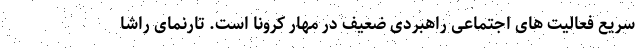
سریع فعالیت های اجتماعی راهبردی ضعیف در مهار کرونا است. تارنمای راشا